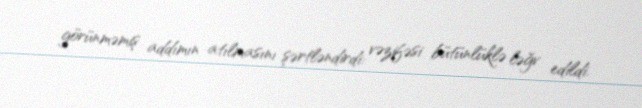
görünməmiş addımın atılmasını şərtləndirdi: vəzifəsi bütünlüklə ləğv edildi.